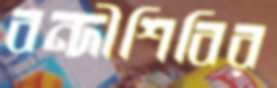
বন্দীশিবির